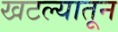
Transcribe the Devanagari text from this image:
खटल्यातून